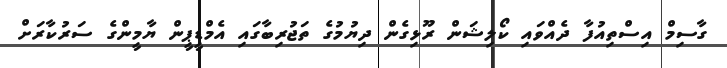
ގާސިމް އިސްތިއުފާ ދެއްވައި ކޯލިޝަން ރޫޅިގެން ދިޔުމުގެ ތަޖުރިބާގައި އެމްޑީޕީން ޔާމީންގެ ސަރުކާރަށް